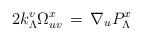
LaTeX: \begin{align*}2k^v_\Lambda \Omega_{uv}^x\,=\,\nabla_u P^x_\Lambda\end{align*}